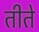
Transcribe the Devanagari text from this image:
तीते